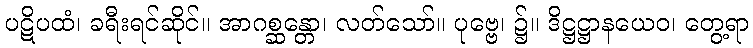
ပဋိပထံ၊ ခရီးရင်ဆိုင်။ အာဂစ္ဆန္တော၊ လတ်သော်။ ပုဗ္ဗေ၊ ၌။ ဒိဋ္ဌဋ္ဌာနယေဝ၊ တွေ့ရာ